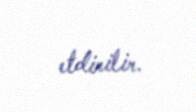
etdirilir.